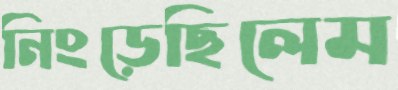
নিংড়েছিলেম